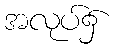
အလုပ်၌